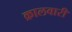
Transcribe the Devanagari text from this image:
क्रालवारी